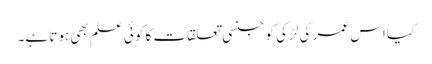
کیا اس عمر کی لڑکی کو جنسی تعلقات کا کوئی علم بھی ہوتا ہے۔